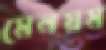
মেনয়ম